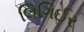
લિગિઈર